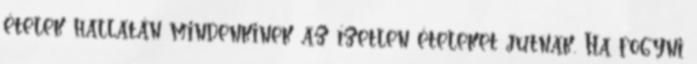
ételek hallatán mindenkinek az ízetlen ételeket jutnak. Ha fogyni